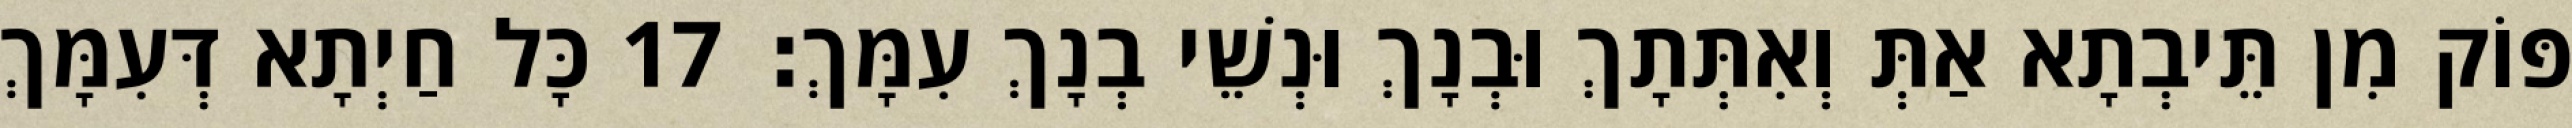
פּוֹק מִן תֵּיבְתָא אַתְּ וְאִתְּתָךְ וּבְנָךְ וּנְשֵׁי בְנָךְ עִמָּךְ׃ 17 כָּל חַיְתָא דְּעִמָּךְ